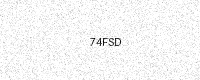
Text: 74FSD